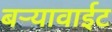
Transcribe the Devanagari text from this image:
बर्‍यावाईट